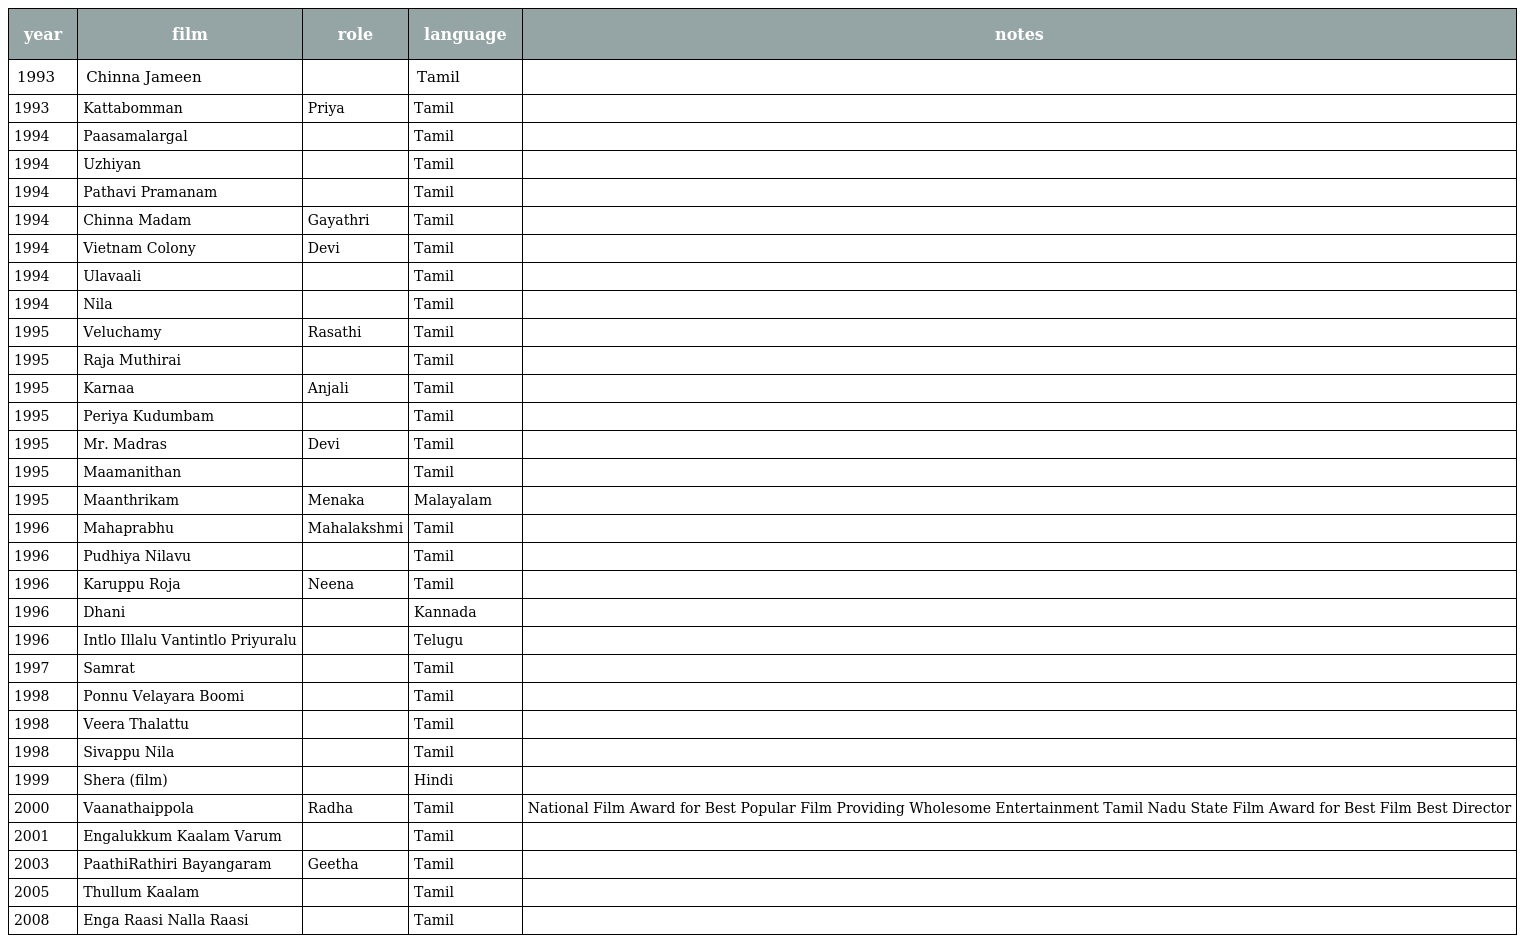
| year | film | role | language | notes |
 | --- | --- | --- | --- | --- |
 | 1993 | Chinna Jameen |  | Tamil |  |
 | 1993 | Kattabomman | Priya | Tamil |  |
 | 1994 | Paasamalargal |  | Tamil |  |
 | 1994 | Uzhiyan |  | Tamil |  |
 | 1994 | Pathavi Pramanam |  | Tamil |  |
 | 1994 | Chinna Madam | Gayathri | Tamil |  |
 | 1994 | Vietnam Colony | Devi | Tamil |  |
 | 1994 | Ulavaali |  | Tamil |  |
 | 1994 | Nila |  | Tamil |  |
 | 1995 | Veluchamy | Rasathi | Tamil |  |
 | 1995 | Raja Muthirai |  | Tamil |  |
 | 1995 | Karnaa | Anjali | Tamil |  |
 | 1995 | Periya Kudumbam |  | Tamil |  |
 | 1995 | Mr. Madras | Devi | Tamil |  |
 | 1995 | Maamanithan |  | Tamil |  |
 | 1995 | Maanthrikam | Menaka | Malayalam |  |
 | 1996 | Mahaprabhu | Mahalakshmi | Tamil |  |
 | 1996 | Pudhiya Nilavu |  | Tamil |  |
 | 1996 | Karuppu Roja | Neena | Tamil |  |
 | 1996 | Dhani |  | Kannada |  |
 | 1996 | Intlo Illalu Vantintlo Priyuralu |  | Telugu |  |
 | 1997 | Samrat |  | Tamil |  |
 | 1998 | Ponnu Velayara Boomi |  | Tamil |  |
 | 1998 | Veera Thalattu |  | Tamil |  |
 | 1998 | Sivappu Nila |  | Tamil |  |
 | 1999 | Shera (film) |  | Hindi |  |
 | 2000 | Vaanathaippola | Radha | Tamil | National Film Award for Best Popular Film Providing Wholesome Entertainment Tamil Nadu State Film Award for Best Film Best Director |
 | 2001 | Engalukkum Kaalam Varum |  | Tamil |  |
 | 2003 | PaathiRathiri Bayangaram | Geetha | Tamil |  |
 | 2005 | Thullum Kaalam |  | Tamil |  |
 | 2008 | Enga Raasi Nalla Raasi |  | Tamil |  |